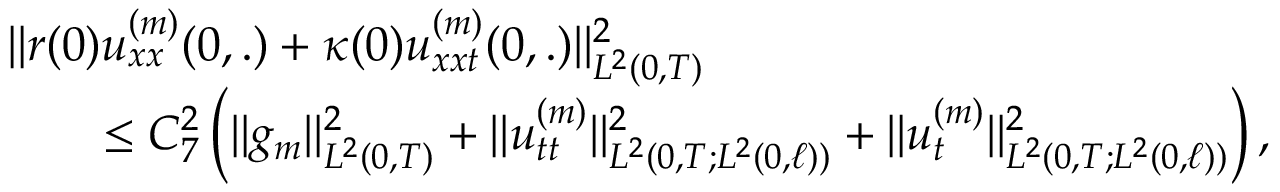
\begin{array} { r l r } { \lefteqn { \Vert r ( 0 ) u _ { x x } ^ { ( m ) } ( 0 , . ) + \kappa ( 0 ) u _ { x x t } ^ { ( m ) } ( 0 , . ) \Vert _ { L ^ { 2 } ( 0 , T ) } ^ { 2 } } } \\ & { } & { \leq C _ { 7 } ^ { 2 } \left( \Vert g _ { m } \Vert _ { L ^ { 2 } ( 0 , T ) } ^ { 2 } + \Vert u _ { t t } ^ { ( m ) } \Vert _ { L ^ { 2 } ( 0 , T ; L ^ { 2 } ( 0 , \ell ) ) } ^ { 2 } + \Vert u _ { t } ^ { ( m ) } \Vert _ { L ^ { 2 } ( 0 , T ; L ^ { 2 } ( 0 , \ell ) ) } ^ { 2 } \right) , } \end{array}